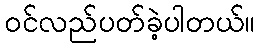
ဝင်လည်ပတ်ခဲ့ပါတယ်။